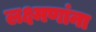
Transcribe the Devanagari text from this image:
लक्ष्मणांना